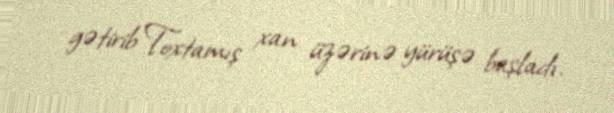
gətirib Toxtamış xan üzərinə yürüşə başladı.